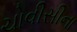
ચોવીસીના